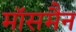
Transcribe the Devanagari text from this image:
मॉसमैन